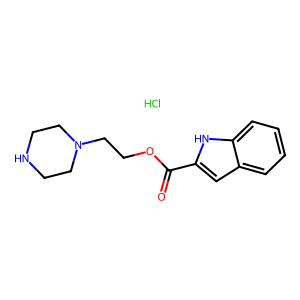
SMILES: Cl.O=C(OCCN1CCNCC1)c1cc2ccccc2[nH]1
Inhibits HIV replication: No